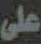
على